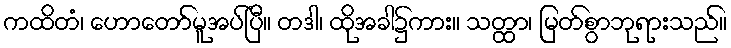
ကထိတံ၊ ဟောတော်မူအပ်ပြီ။ တဒါ၊ ထိုအခါ၌ကား။ သတ္ထာ၊ မြတ်စွာဘုရားသည်။